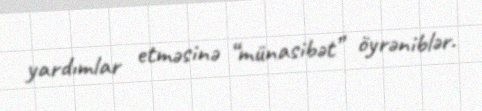
yardımlar etməsinə “münasibət” öyrəniblər.